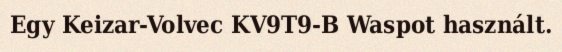
Egy Keizar-Volvec KV9T9-B Waspot használt.